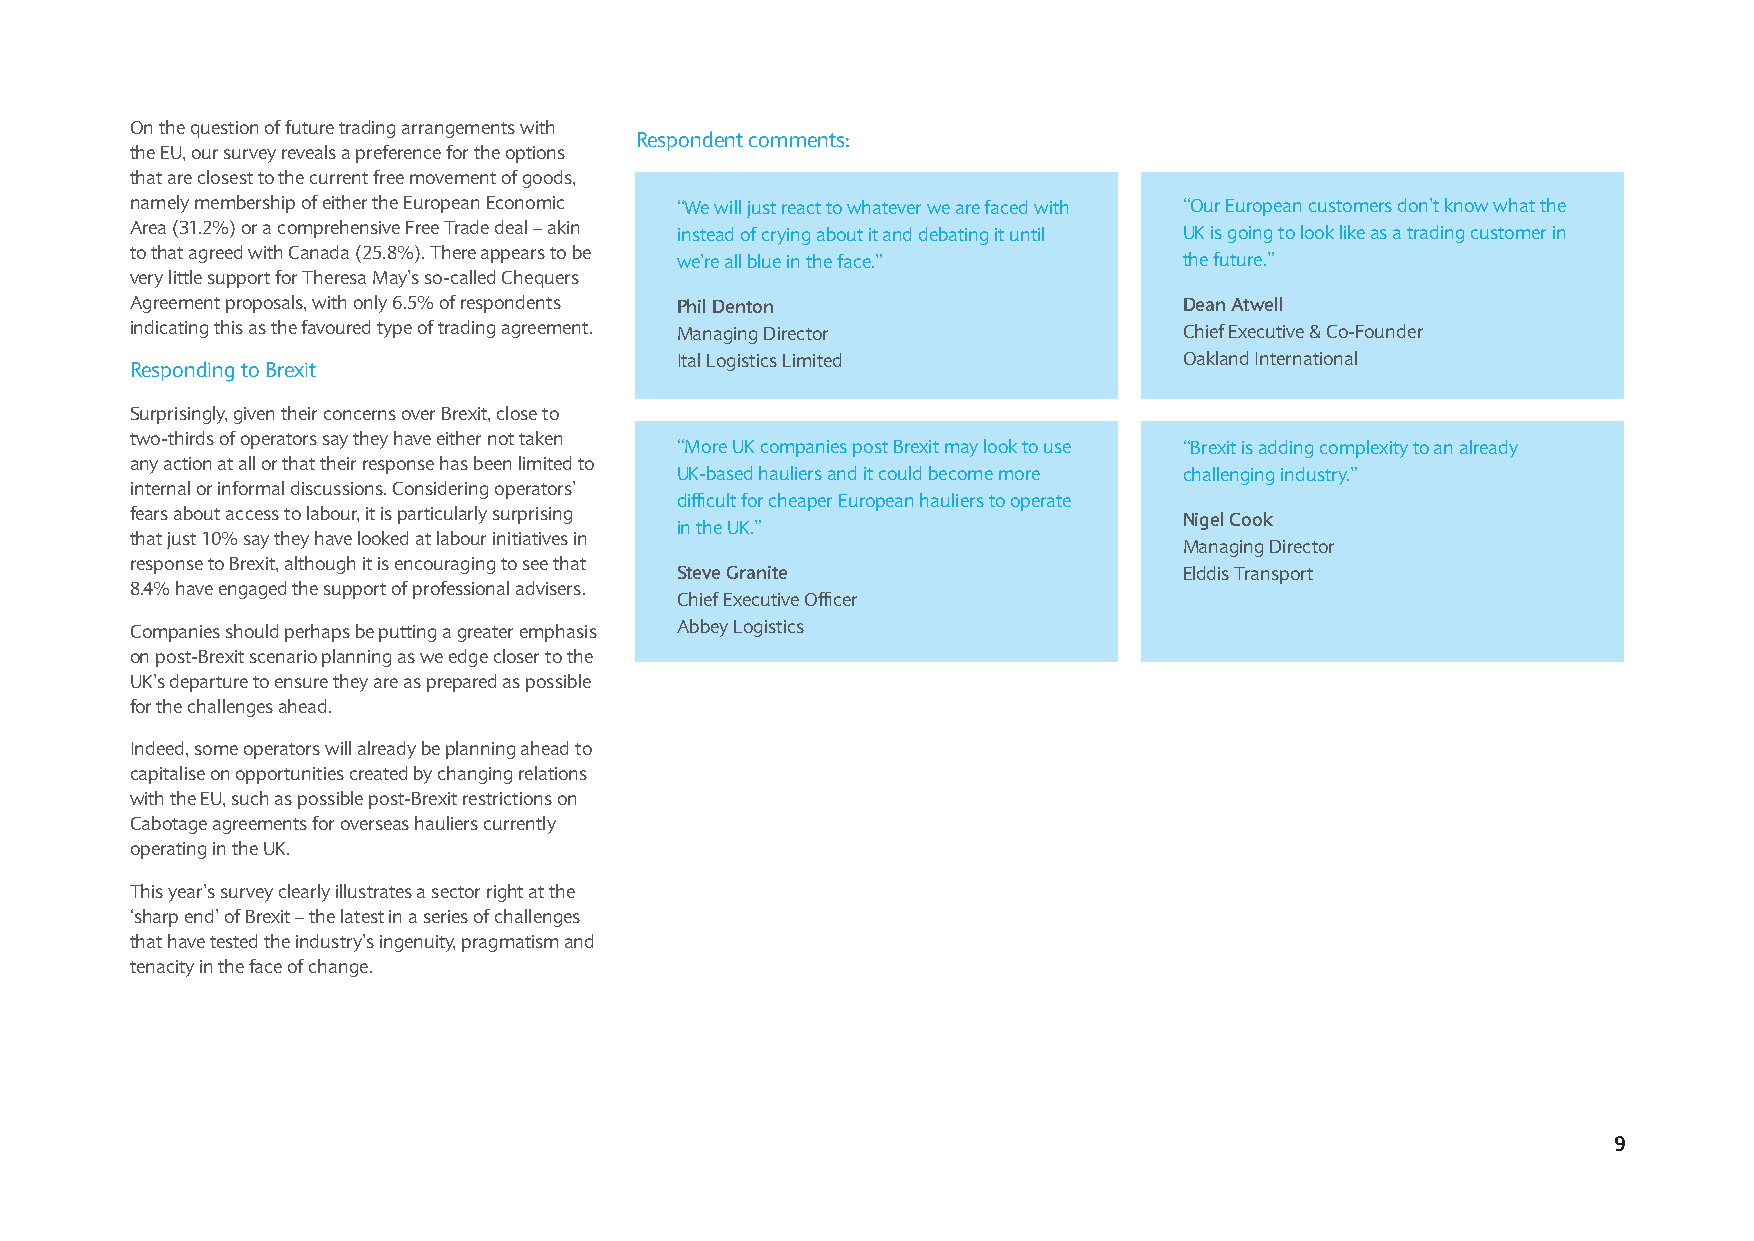
On the question of future trading arrangements with
 Respondent comments:
 the EU, our survey reveals a preference for the options
 that are closest to the current free movement of goods,
 namely membership of either the European Economic “We will just react to whatever we are faced with “Our European customers don’t know what the
 Area (31.2%) or a comprehensive Free Trade deal – akin instead of crying about it and debating it until UK is going to look like as a trading customer in
 to that agreed with Canada (25.8%). There appears to be
 we’re all blue in the face.”     the future.”
 very little support for Theresa May’s so-called Chequers
 Agreement proposals, with only 6.5% of respondents Phil Denton       Dean Atwell
 indicating this as the favoured type of trading agreement. Managing Director Chief Executive & Co-Founder
 Ital Logistics Limited           Oakland International
 Responding to Brexit
 Surprisingly, given their concerns over Brexit, close to
 two-thirds of operators say they have either not taken
 “More UK companies post Brexit may look to use “Brexit is adding complexity to an already
 any action at all or that their response has been limited to
 UK-based hauliers and it could become more challenging industry.”
 internal or informal discussions. Considering operators’
 difficult for cheaper European hauliers to operate
 fears about access to labour, it is particularly surprising          Nigel Cook
 in the UK.”
 that just 10% say they have looked at labour initiatives in
 Managing Director
 response to Brexit, although it is encouraging to see that
 Steve Granite                    Elddis Transport
 8.4% have engaged the support of professional advisers.
 Chief Executive Officer
 Companies should perhaps be putting a greater emphasis Abbey Logistics
 on post-Brexit scenario planning as we edge closer to the
 UK’s departure to ensure they are as prepared as possible
 for the challenges ahead.
 Indeed, some operators will already be planning ahead to
 capitalise on opportunities created by changing relations
 with the EU, such as possible post-Brexit restrictions on
 Cabotage agreements for overseas hauliers currently
 operating in the UK.
 This year’s survey clearly illustrates a sector right at the
 ‘sharp end’ of Brexit – the latest in a series of challenges
 that have tested the industry’s ingenuity, pragmatism and
 tenacity in the face of change.
 9